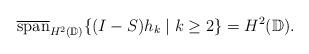
LaTeX: \begin{align*}\overline{\mathrm{span}}_{H^2(\mathbb{D})}\{(I-S)h_k \mid k \geq 2\} = H^2(\mathbb{D}).\end{align*}